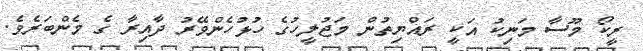
ރީކޯ މޫސާ މަނިކު އަކީ ރައްޔިތުން މަޖުލީހުގެ ހުޅުހެންވޭރު ދާއިރާ ގެ މެންބަރެވެ.